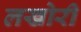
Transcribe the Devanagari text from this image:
लखोरी